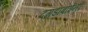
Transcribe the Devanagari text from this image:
दगडाबाईनी